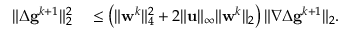
\begin{array} { r l } { \| \Delta \mathbf { g } ^ { k + 1 } \| _ { 2 } ^ { 2 } } & { { } \leq \left( \| \mathbf { w } ^ { k } \| _ { 4 } ^ { 2 } + 2 \| \mathbf { u } \| _ { \infty } \| \mathbf { w } ^ { k } \| _ { 2 } \right) \| \nabla \Delta \mathbf { g } ^ { k + 1 } \| _ { 2 } . } \end{array}